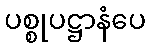
ပစ္စုပဋ္ဌာနံပေ